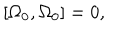
\left[ \Omega _ { 0 } , \Omega _ { 0 } \right] = 0 ,